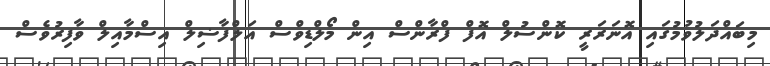
މިބައްދަލުވުމުގައި އޮނަރަރީ ކޮންސުލް އޮފް ފްރާންސް އިން މޯލްޑިވްސް އަލްފާޟިލް އިސްމާއިލް ވާފިރުވެސް